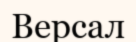
Версал